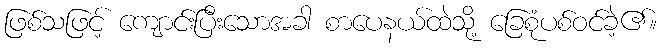
ဖြစ်သဖြင့် ကျောင်းပြီးသောအခါ စာပေနယ်ထဲသို့ ခြေစုံပစ်ဝင်ခဲ့၏။